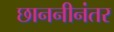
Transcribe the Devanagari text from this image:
छाननीनंतर